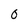
Character: 0